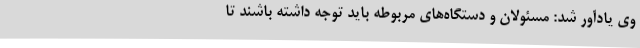
وی یادآور شد: مسئولان و دستگاه‌های مربوطه باید توجه داشته باشند تا